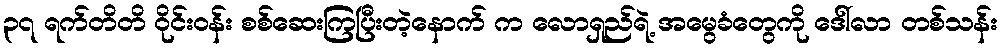
၃၇ ရက်တိတိ ဝိုင်းဝန်း စစ်ဆေးကြပြီးတဲ့နောက် က လောရှည်ရဲ့ အမွေခံတွေကို ဒေါ်လာ တစ်သန်း